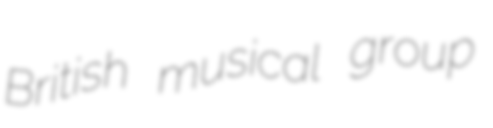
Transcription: British musical group